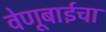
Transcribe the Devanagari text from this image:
वेणूबाईचा